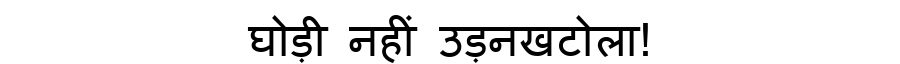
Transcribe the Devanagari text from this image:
घोड़ी नहीं उड़नखटोला!